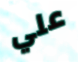
علي